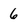
Character: 6